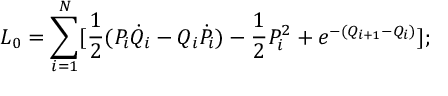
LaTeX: L _ { 0 } = \sum _ { i = 1 } ^ { N } [ { \frac { 1 } { 2 } } ( P _ { i } { \dot { Q } } _ { i } - Q _ { i } { \dot { P } } _ { i } ) - { \frac { 1 } { 2 } } P _ { i } ^ { 2 } + { e ^ { - ( Q _ { i + 1 } - Q _ { i } ) } } ] ;